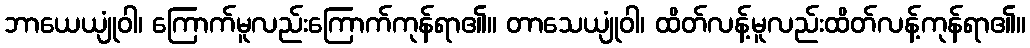
ဘာယေယျုံဝါ၊ ကြောက်မူလည်းကြောက်ကုန်ရာ၏။ တာသေယျုံဝါ၊ ထိတ်လန့်မူလည်းထိတ်လန့်ကုန်ရာ၏။